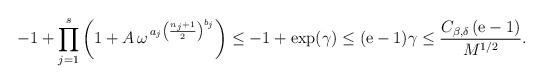
LaTeX: \begin{align*}-1 + \prod_{j=1}^s \left(1 +A\,\omega^{\,a_j\left(\frac{n_j+1}{2}\right)^{b_j}}\right) \le -1+\exp(\gamma)\le (\mathrm{e}-1)\gamma\le\frac{C_{\beta,\delta}\,(\mathrm{e}-1)}{M^{1/2}}.\end{align*}